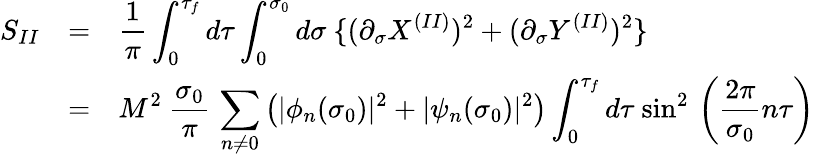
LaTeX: \begin{array}{lcl}{{S_{II}}}&{{=}}&{{{\displaystyle\frac{1}{\pi}\int_{0}^{\tau_{f}}d\tau\int_{0}^{\sigma_{0}}d\sigma~\{ (\partial_{\sigma}X^{(II)})^{2}+(\partial_{\sigma}Y^{(II)})^{2}\} }}}\\ {{}}&{{=}}&{{{\displaystyle M^{2}~\frac{\sigma_{0}}{\pi}\, \sum_{n\neq 0}^{}\left(|\phi_{n}(\sigma_{0})|^{2}+|\psi_{n}(\sigma_{0})|^{2}\right)\int_{0}^{\tau_{f}}d\tau~{\sin}^{2}\, \left(\frac{2\pi}{\sigma_{0}}n\tau\right)}}}\end{array}